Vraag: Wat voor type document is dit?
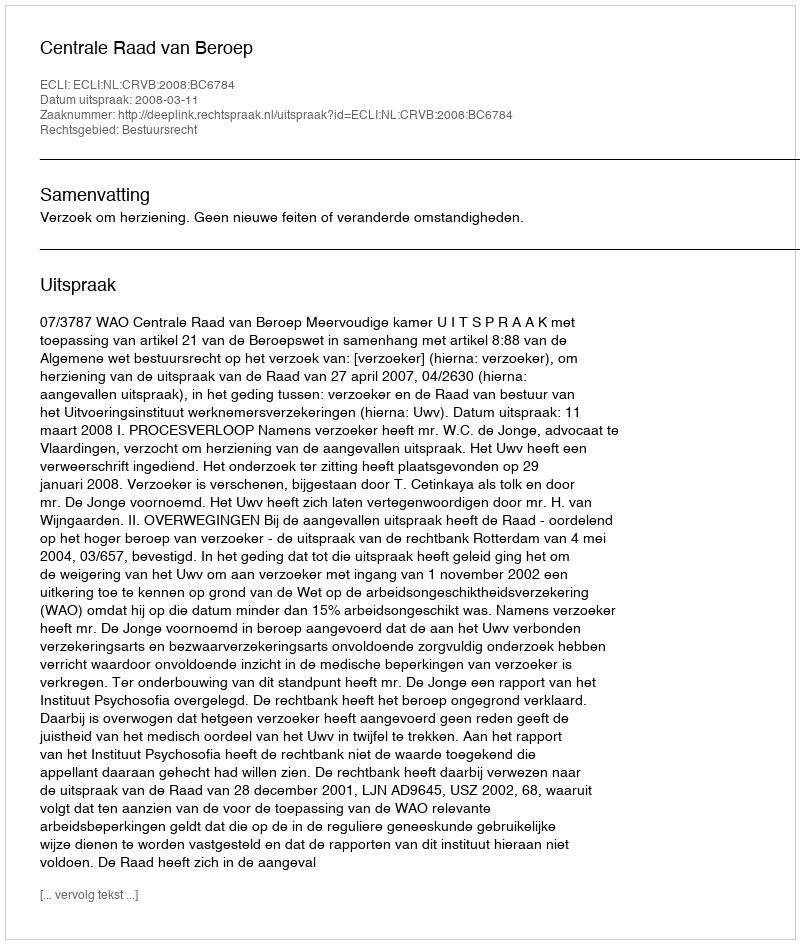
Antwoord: Uitspraak